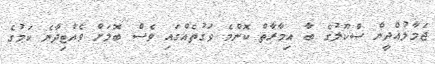
ޖަމާލުއްދީން ސްކޫލުގެ ބާ އިމާރާތް ކޮންމެ ވަގުތެއްގައި ވެސް ބޮލަށް ވެއްޓިދާނެ ކަމުގެ